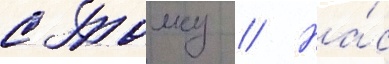
с толку // На́с